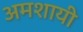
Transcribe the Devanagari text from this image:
अमशायी